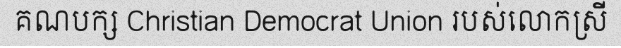
គណបក្ស Christian Democrat Union របស់លោកស្រី